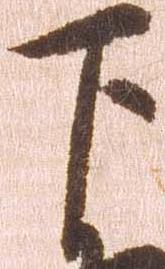
下